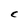
Character: C